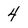
Character: 4